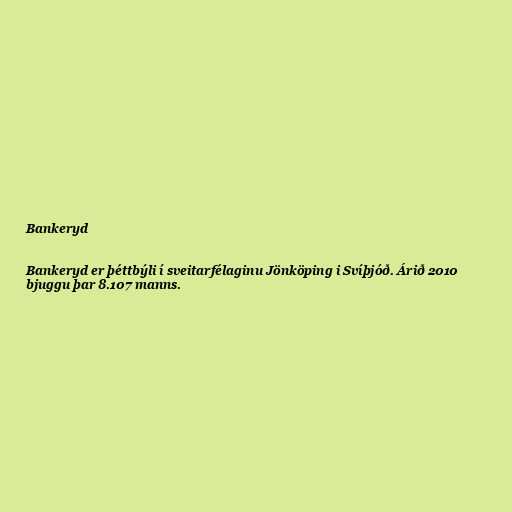
Bankeryd

Bankeryd er þéttbýli í sveitarfélaginu Jönköping i Svíþjóð. Árið 2010
bjuggu þar 8.107 manns.